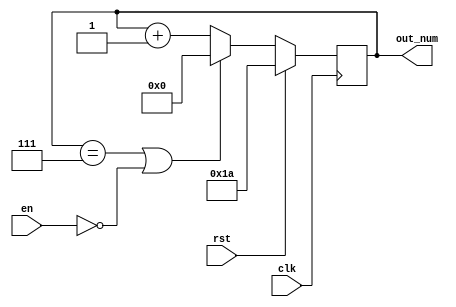
`timescale 1ns / 1ps
//////////////////////////////////////////////////////////////////////////////////
// Company: 
// Engineer: 
// 
// Design Name: 
// Module Name: cnt_s3
// Project Name: 
// Target Devices: 
// Tool Versions: 
// Description: 
// 
// Dependencies: 
// 
// Revision:
// Revision 0.01 - File Created
// Additional Comments:
// 
//////////////////////////////////////////////////////////////////////////////////


module cnt_s3(
                clk,
                rst,
                en,
                out_num
                );
    input clk;
    input rst;
    input en;
    output signed [4:0] out_num;
    reg signed [4:0] out_num;
    
    always@(posedge clk) begin
        if (rst)
            out_num <= - 5'd6;
        else if (out_num == 5'd7 || en == 0)
            out_num <= 0;
        else
            out_num <= out_num + 5'd1;
    end
endmodule